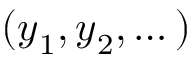
( { \boldsymbol { y } } _ { 1 } , { \boldsymbol { y } } _ { 2 } , \dots )